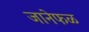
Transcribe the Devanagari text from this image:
जानेफळ